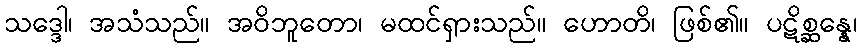
သဒ္ဒေါ၊ အသံသည်။ အဝိဘူတော၊ မထင်ရှားသည်။ ဟောတိ၊ ဖြစ်၏။ ပဋိစ္ဆန္နေ၊